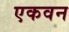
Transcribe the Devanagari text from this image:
एकवन